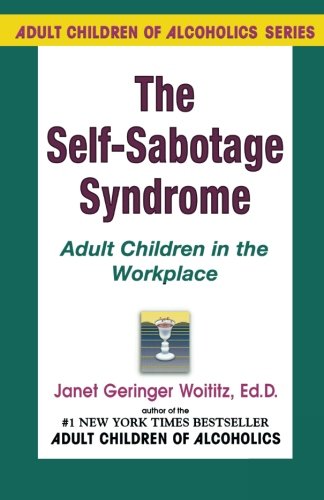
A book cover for Self-Sabotage Syndrome: Adult Children in the Workplace; Janet G. Woititz; Health, Fitness & Dieting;